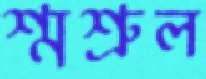
শ্মশ্রুল